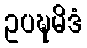
ဥပဍ္ဎမိဒံ